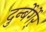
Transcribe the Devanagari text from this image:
दुर्न्बेर्गेर्